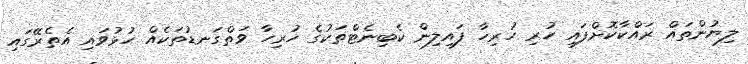
ލިޔުންތައް ރައްކާކޮށްފައި ހުރި ހުރިހާ ފައިލިން ކެބިނެޓްތަކުގެ ހުރިހާ ވަތްގަނޑުތަކެއް ހުޅުވައި އެތެރޭގައި